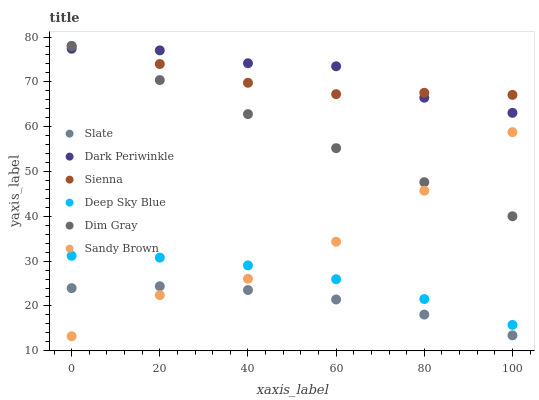
| xaxis_label | Slate | Dark Periwinkle | Sienna | Deep Sky Blue | Dim Gray | Sandy Brown |
 | --- | --- | --- | --- | --- | --- | --- |
 | 0 | 24 | 77.4 | 78 | 31.2 | 78 | 13.2 |
 | 20 | 24.4 | 77 | 74 | 30.8 | 70.4 | 22.4 |
 | 40 | 23.5 | 74.2 | 69.8 | 29 | 62.8 | 26.1 |
 | 60 | 21.4 | 73.5 | 67.3 | 26 | 55.2 | 34.3 |
 | 80 | 18.1 | 66.5 | 67.6 | 21.5 | 47.6 | 45.7 |
 | 100 | 13.4 | 63.1 | 67.1 | 15.8 | 40 | 58.8 |